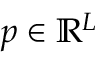
p \in \mathbb { R } ^ { L }